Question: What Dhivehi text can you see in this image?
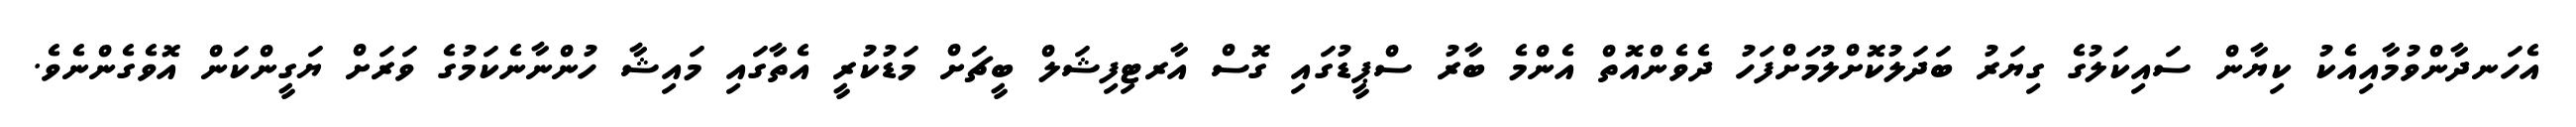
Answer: އެހަނދާންވުމާއިއެކު ކިޔާން ސައިކަލުގެ ގިޔަރު ބަދަލުކޮށްލުމަށްފަހު ދެވެންއޮތް އެންމެ ބާރު ސްޕީޑުގައި ގޮސް އާރޓިފިޝަލް ބީޗަށް މަޑުކުރީ އެތާގައި މައިޝާ ހުންނާނެކަމުގެ ވަރަށް ޔަގީންކަން އޮވެގެންނެވެ.